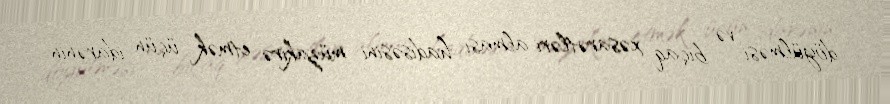
döyülməsi və bıçaq xəsarətləri alması hadisəsini müzakirə etmək üçün idarənin